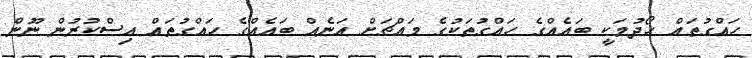
ހައްގުތައް ހޯދުމަކީ ބައެއްގެ ހައްގުތަކުގެ މައްޗަށް އަނެއް ބައެއްގެ ހައްގުތައް އިސްކުރުން ނޫން